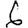
Digit: 6